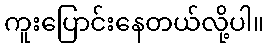
ကူးပြောင်းနေတယ်လို့ပါ။